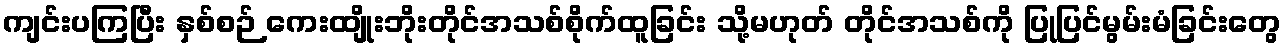
ကျင်းပကြပြီး နှစ်စဉ် ကေးထျိုးဘိုးတိုင်အသစ်စိုက်ထူခြင်း သို့မဟုတ် တိုင်အသစ်ကို ပြုပြင်မွမ်းမံခြင်းတွေ